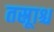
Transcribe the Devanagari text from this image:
तस्रूाश्च